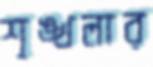
শৃঙ্খলার